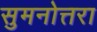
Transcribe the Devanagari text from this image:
सुमनोत्तरा